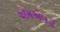
એમએલડી